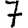
Digit: 7